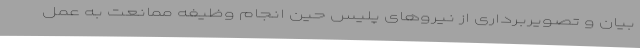
بیان و تصویربرداری از نیروهای پلیس حین انجام وظیفه ممانعت به عمل